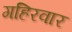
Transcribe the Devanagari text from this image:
गहिरवार